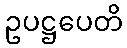
ဥပဋ္ဌပေတိ